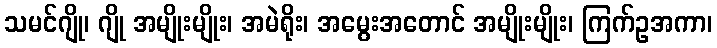
သမင်ဂျို၊ ဂျို အမျိုးမျိုး၊ အမဲရိုး၊ အမွေးအတောင် အမျိုးမျိုး၊ ကြက်ဥအကာ၊